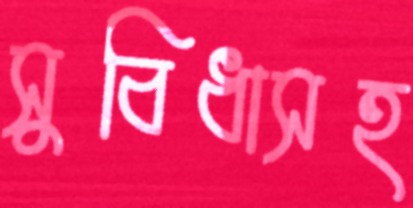
সুবিধাসহ